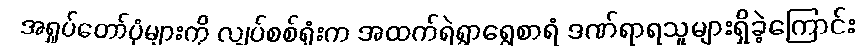
အရှုပ်တော်ပုံများကို လျှပ်စစ်ရုံးက အထက်ရဲရွာရွှေစာရံ ဒဏ်ရာရသူများရှိခဲ့ကြောင်း